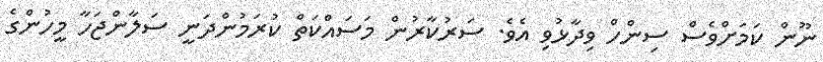
ނޫން ކަމަށްވެސް ސިންހް ވިދާޅުވި އެވެ. ސަރުކާރުން މަސައްކަތް ކުރަމުންދަނީ ސަލާންޖަހާ މީހުންގެ